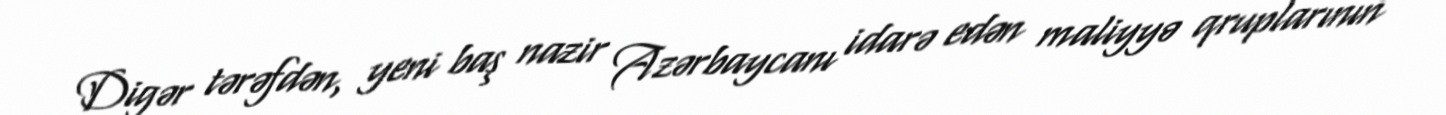
Digər tərəfdən, yeni baş nazir Azərbaycanı idarə edən maliyyə qruplarının